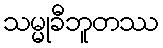
သမ္မုခီဘူတဿ